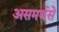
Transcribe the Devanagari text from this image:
असमर्थसे